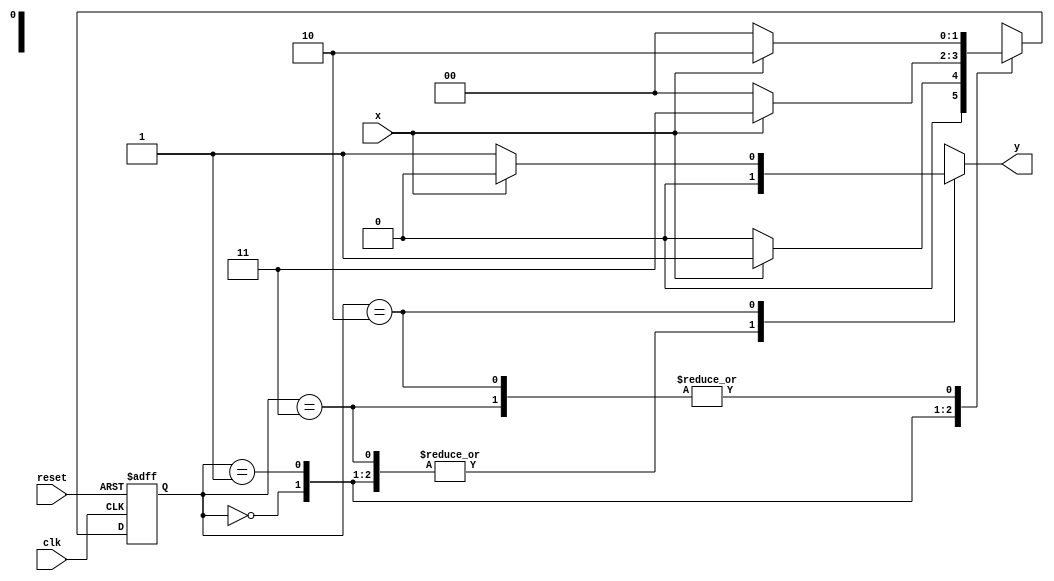
// -------------------------
// Mealy FSM 1110
// Nome: Felipe Trres 
// --------------------------- 

// --------------
// --- Mealy FSM 1110
// --------------

// constant definitions
`define found 1
`define notfound 0

// FSM by Mealy
module mealy1110 ( y, x, clk, reset );
output y;
input x;
input clk;
input reset;

reg y;

parameter // state identifiers
start = 2'b00,
id1 = 2'b01,
id11 = 2'b11,
id110 = 2'b10;

reg [1:0] E1; // current state variables
reg [1:0] E2; // next state logic output

// next state logic
always @( x or E1 )
 begin
  y = `notfound;
  case ( E1 )
	start:
	 if ( x )
	  E2 = id1;
	 else
	  E2 = start;
	id1:
	 if ( x )
	  E2 = id11;
	 else
	  E2 = start;
	id11:
	 if ( x )
	  E2 = id110;
	 else
	  E2 = start;
	id110:
	 if ( x )
	  begin
		E2 = id110;
		y = `notfound;
	  end
	 else
	  begin
	   E2 = start;
		y = `found;
	  end
	 default: // undefined state
		E2 = 2'bxx;
	endcase
  end // always at signal or state changing
  
// state variables
 always @( posedge clk or negedge reset )
  begin
   if ( reset )
	 E1 = E2; // updates current state
	else
	 E1 = 0; // reset
  end // always at signal changing
  
endmodule // mealy1101